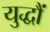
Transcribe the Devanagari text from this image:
युद्धौं